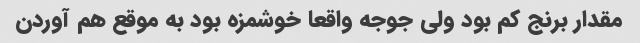
مقدار برنج کم بود ولی جوجه واقعا خوشمزه بود به موقع هم آوردن